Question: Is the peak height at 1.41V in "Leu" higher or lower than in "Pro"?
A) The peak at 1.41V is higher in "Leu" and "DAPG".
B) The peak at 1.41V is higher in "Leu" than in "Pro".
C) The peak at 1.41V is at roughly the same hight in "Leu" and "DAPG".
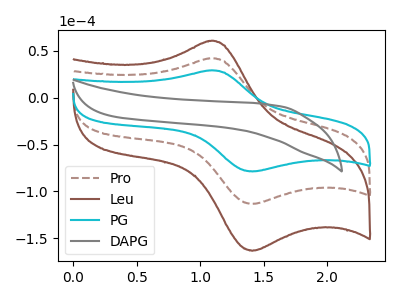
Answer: <think>The brown dashed curve "Pro" has an anodic peak at (1.10V, 42.10uA) and a cathodic peak at (1.40V, -113.30uA). The brown curve "Leu" has an anodic peak at (1.10V, 84.25uA) and a cathodic peak at (1.40V, -226.65uA). The cyan curve "PG" has an anodic peak at (1.10V, 29.25uA) and a cathodic peak at (1.40V, -78.65uA). The gray curve "DAPG" has no peaks.</think>
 <answer>B) The peak at 1.41V is higher in "Leu" than in "Pro".</answer>
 <eval>B</eval>